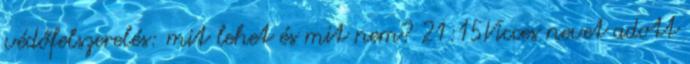
védőfelszerelés: mit lehet és mit nem? 21:15Vicces nevet adott